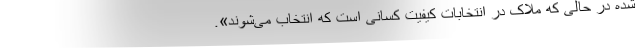
شده در حالی که ملاک در انتخابات کیفیت کسانی است که انتخاب می‌شوند».